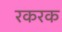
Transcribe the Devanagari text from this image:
रकरक